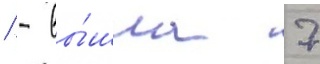
/ - вы́шла 7